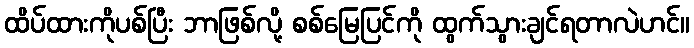
ထိပ်ထားကိုပစ်ပြီး ဘာဖြစ်လို့ စစ်မြေပြင်ကို ထွက်သွားချင်ရတာလဲဟင်။